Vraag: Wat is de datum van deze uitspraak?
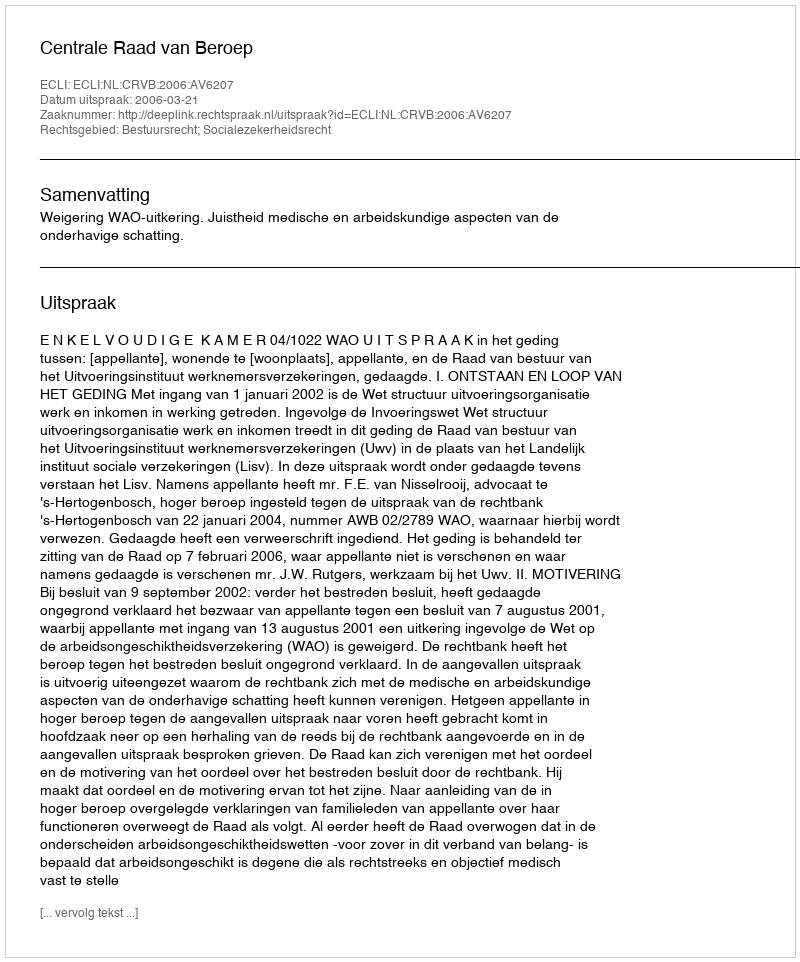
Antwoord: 2006-03-21